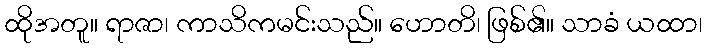
ထိုအတူ။ ရာဇာ၊ ကာသိကမင်းသည်။ ဟောတိ၊ ဖြစ်၏။ သာခံ ယထာ၊